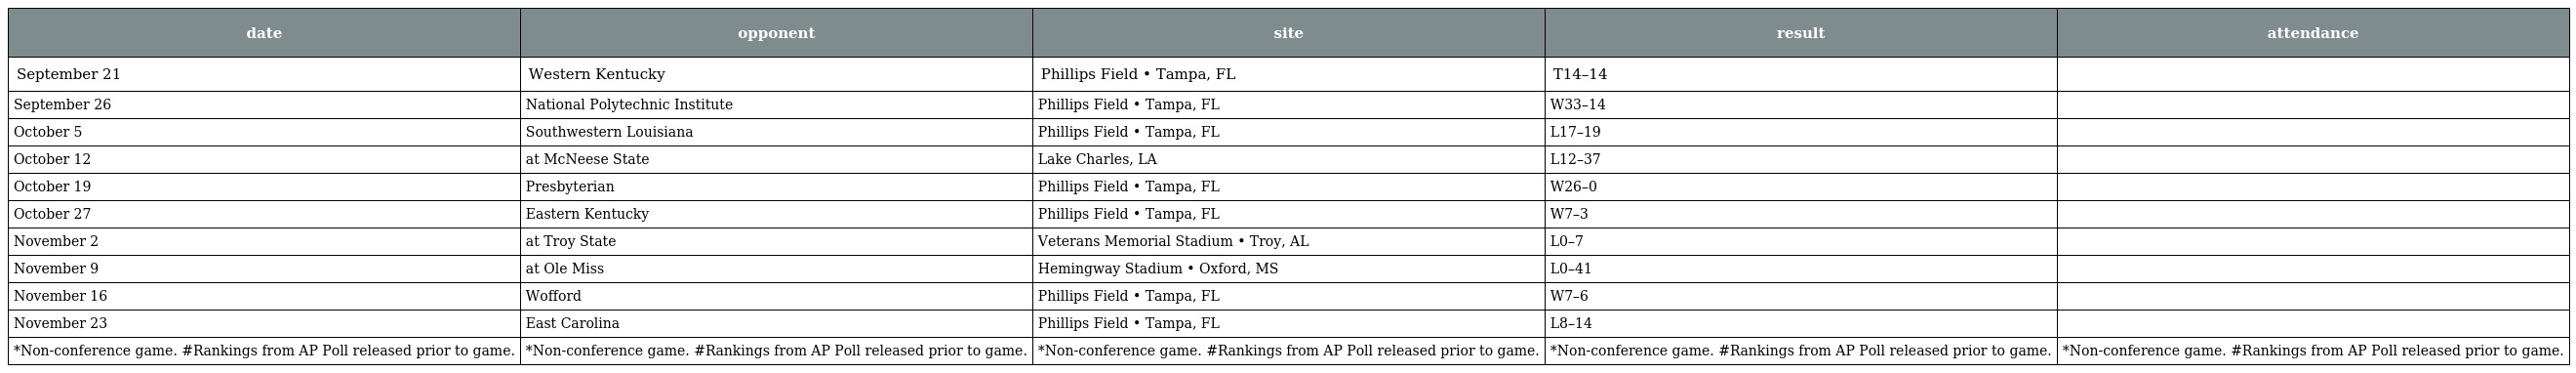
| date | opponent | site | result | attendance |
 | --- | --- | --- | --- | --- |
 | September 21 | Western Kentucky | Phillips Field • Tampa, FL | T14–14 |  |
 | September 26 | National Polytechnic Institute | Phillips Field • Tampa, FL | W33–14 |  |
 | October 5 | Southwestern Louisiana | Phillips Field • Tampa, FL | L17–19 |  |
 | October 12 | at McNeese State | Lake Charles, LA | L12–37 |  |
 | October 19 | Presbyterian | Phillips Field • Tampa, FL | W26–0 |  |
 | October 27 | Eastern Kentucky | Phillips Field • Tampa, FL | W7–3 |  |
 | November 2 | at Troy State | Veterans Memorial Stadium • Troy, AL | L0–7 |  |
 | November 9 | at Ole Miss | Hemingway Stadium • Oxford, MS | L0–41 |  |
 | November 16 | Wofford | Phillips Field • Tampa, FL | W7–6 |  |
 | November 23 | East Carolina | Phillips Field • Tampa, FL | L8–14 |  |
 | *Non-conference game. #Rankings from AP Poll released prior to game. | *Non-conference game. #Rankings from AP Poll released prior to game. | *Non-conference game. #Rankings from AP Poll released prior to game. | *Non-conference game. #Rankings from AP Poll released prior to game. | *Non-conference game. #Rankings from AP Poll released prior to game. |